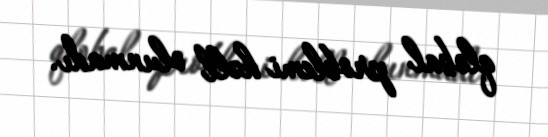
qlobal problemi həll olunmadı.